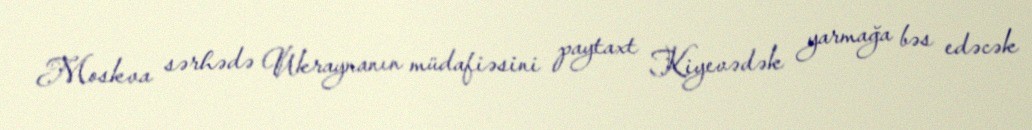
Moskva sərhədə Ukraynanın müdafiəsini paytaxt Kiyevədək yarmağa bəs edəcək